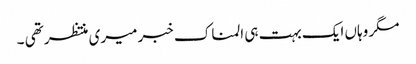
مگر وہاں ایک بہت ہی المناک خبر میری منتظر تھی ۔